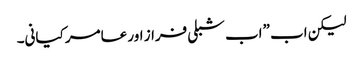
لیکن اب ”اب شبلی فراز اور عامر کیانی۔